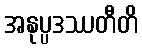
အနုပ္ပဒဿတီတိ